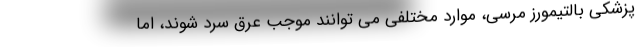
پزشکی بالتیمورز مرسی، موارد مختلفی می توانند موجب عرق سرد شوند، اما